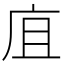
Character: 㡹